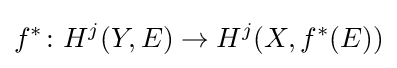
f^{*}\colon H^{j}(Y,E)\to H^{j}(X,f^{*}(E))